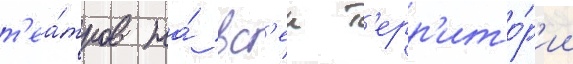
т'еа́тров на́ вс'еи т'ерр'ито́р'ии